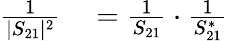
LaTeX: \begin{array}{rl}{\frac{1}{|S_{21}|^{2}}}&{{}=\frac{1}{S_{21}}\cdot\frac{1}{S_{21}^{*}}}\end{array}